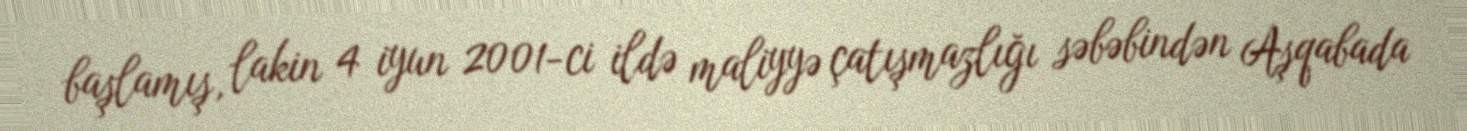
başlamış, lakin 4 iyun 2001-ci ildə maliyyə çatışmazlığı səbəbindən Aşqabada